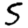
Digit: 5